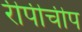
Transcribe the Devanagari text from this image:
रीपीचीप